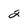
Character: 2